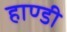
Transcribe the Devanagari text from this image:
हाण्डी